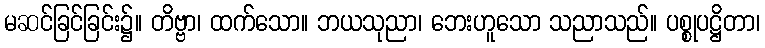
မဆင်ခြင်ခြင်း၌။ တိဗ္ဗာ၊ ထက်သော။ ဘယသုညာ၊ ဘေးဟူသော သညာသည်။ ပစ္စုပဋ္ဌိတာ၊